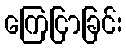
ကြေငြာခြင်း